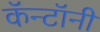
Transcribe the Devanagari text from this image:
कॅन्टॉनी